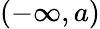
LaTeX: (-\infty,a)